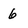
Character: 6